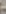
-